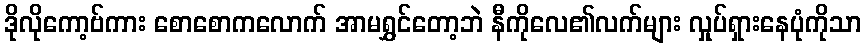
ဒိုလိုကော့ဗ်ကား စောစောကလောက် အာမရွှင်တော့ဘဲ နီကိုလေ၏လက်များ လှုပ်ရှားနေပုံကိုသာ